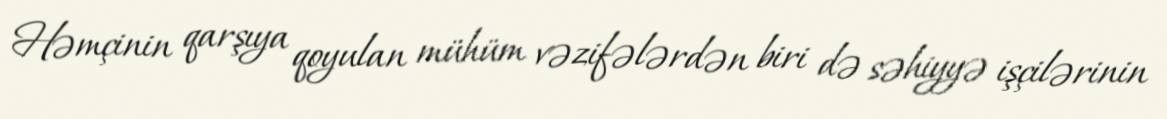
Həmçinin qarşıya qoyulan mühüm vəzifələrdən biri də səhiyyə işçilərinin